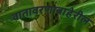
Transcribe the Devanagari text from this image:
वातावरणाबाहेरील